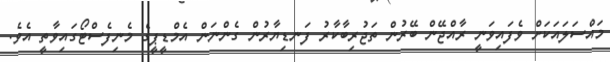
މައްސަލައަކަށް ވެފައިވަނީ ރާއްޖޭން ބޭރުން ތަޖުރިބާކާރު ފަނޑިޔާރުން ގެންނަން އެމްޑީޕީގެ މެނިފެސްޓޯގައިވާތީ އެވެ.